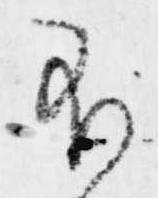
不